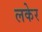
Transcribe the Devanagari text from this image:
लकेर